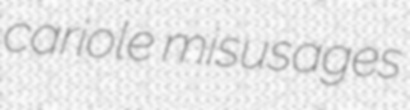
cariole misusages